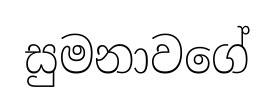
සුමනාවගේ